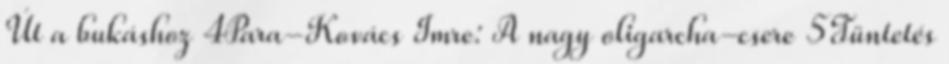
Út a bukáshoz 4Para-Kovács Imre: A nagy oligarcha-csere 5Tüntetés